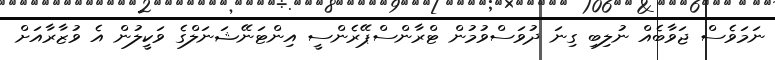
ނަމަވެސް ޖަވާބެއް ނުލިބި ގިނަ ދުވަސްވުމުން ޓްރާންސްޕޭރެންސީ އިންޓަނޭޝަނަލްގެ ވަކީލުން އެ ވުޒާރާއަށް